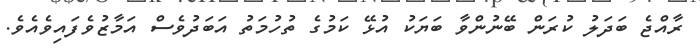
ރާއްޖެ ބަދަލު ކުރަން ބޭނުންވާ ބަޔަކު އުޅޭ ކަމުގެ ތުހުމަތު އަބަދުވެސް އަމާޒުވެފައިވެއެވެ.